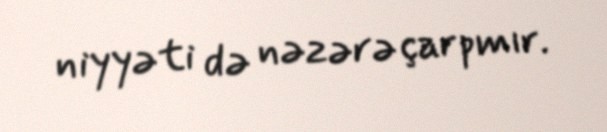
niyyəti də nəzərə çarpmır.